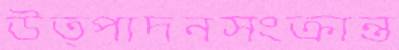
উত্পাদনসংক্রান্ত